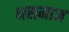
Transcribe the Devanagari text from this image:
भसमाज